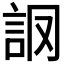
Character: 𧦘